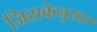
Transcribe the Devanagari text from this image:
जिसकेनुसार